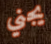
يجني